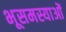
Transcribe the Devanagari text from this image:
भूसमस्याओं